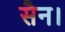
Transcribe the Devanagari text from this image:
सैन।